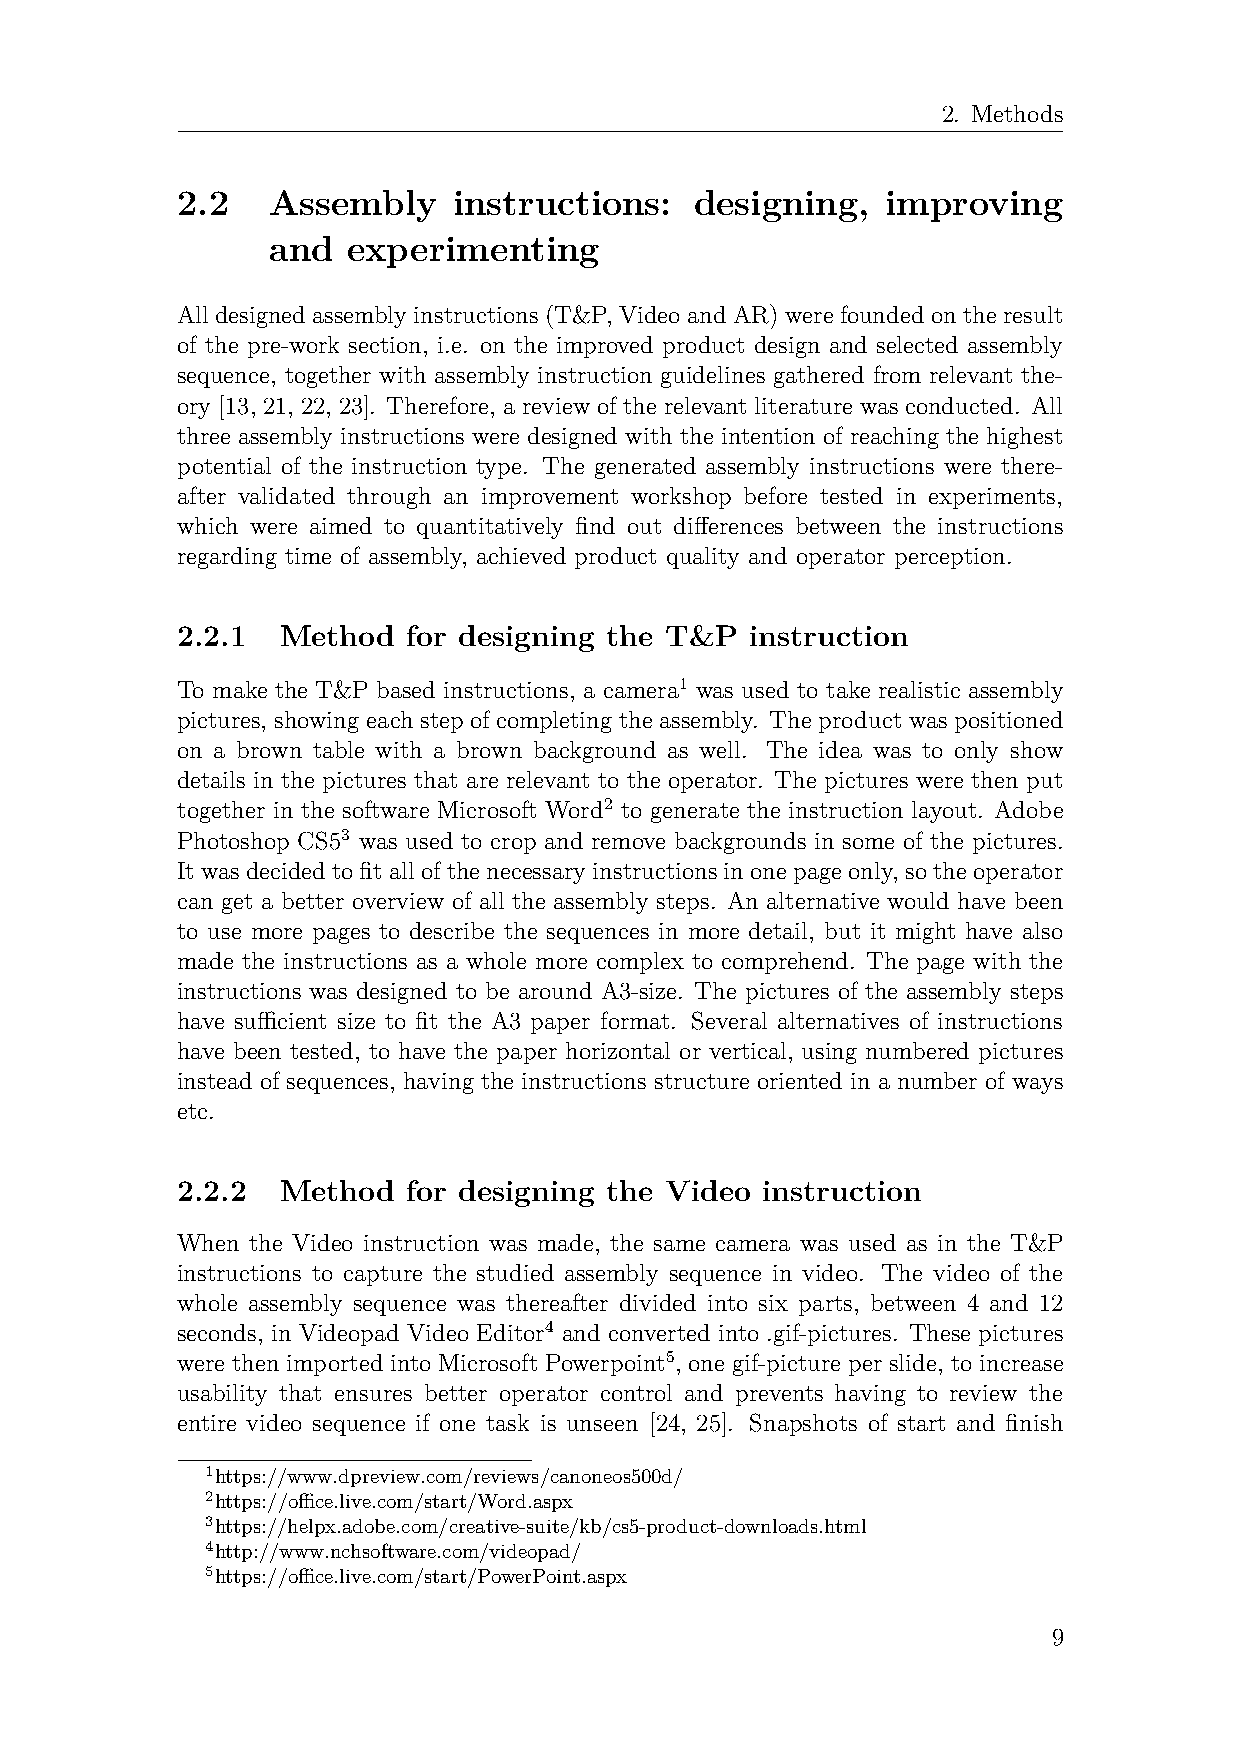
2. Methods
 2.2   Assembly    instructions:   designing,   improving
 and  experimenting
 All designed assembly instructions (T&P, Video and AR) were founded on the result
 of the pre-work section, i.e. on the improved product design and selected assembly
 sequence, together with assembly instruction guidelines gathered from relevant the-
 ory [13, 21, 22, 23]. Therefore, a review of the relevant literature was conducted. All
 three assembly instructions were designed with the intention of reaching the highest
 potential of the instruction type. The generated assembly instructions were there-
 after validated through an improvement workshop before tested in experiments,
 which were aimed to quantitatively find out differences between the instructions
 regarding time of assembly, achieved product quality and operator perception.
 2.2.1  Method  for designing the T&P  instruction
 To make the T&P based instructions, a camera1 was used to take realistic assembly
 pictures, showing each step of completing the assembly. The product was positioned
 on a brown table with a brown background as well. The idea was to only show
 details in the pictures that are relevant to the operator. The pictures were then put
 together in the software Microsoft Word2 to generate the instruction layout. Adobe
 Photoshop CS53 was used to crop and remove backgrounds in some of the pictures.
 Itwasdecidedtofitallofthenecessaryinstructionsinonepageonly, sotheoperator
 can get a better overview of all the assembly steps. An alternative would have been
 to use more pages to describe the sequences in more detail, but it might have also
 made the instructions as a whole more complex to comprehend. The page with the
 instructions was designed to be around A3-size. The pictures of the assembly steps
 have sufficient size to fit the A3 paper format. Several alternatives of instructions
 have been tested, to have the paper horizontal or vertical, using numbered pictures
 instead of sequences, having the instructions structure oriented in a number of ways
 etc.
 2.2.2  Method  for designing the Video instruction
 When the Video instruction was made, the same camera was used as in the T&P
 instructions to capture the studied assembly sequence in video. The video of the
 whole assembly sequence was thereafter divided into six parts, between 4 and 12
 seconds, in Videopad Video Editor4 and converted into .gif-pictures. These pictures
 were then imported into Microsoft Powerpoint5, one gif-picture per slide, to increase
 usability that ensures better operator control and prevents having to review the
 entire video sequence if one task is unseen [24, 25]. Snapshots of start and finish
 1https://www.dpreview.com/reviews/canoneos500d/
 2https://office.live.com/start/Word.aspx
 3https://helpx.adobe.com/creative-suite/kb/cs5-product-downloads.html
 4http://www.nchsoftware.com/videopad/
 5https://office.live.com/start/PowerPoint.aspx
 9